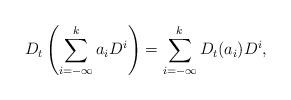
LaTeX: \begin{align*}D_t\left(\sum\limits_{i=-\infty}^k a_iD^i\right)=\sum\limits_{i=-\infty}^k D_t(a_i) D^i,\end{align*}